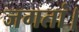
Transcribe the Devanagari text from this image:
जगतां।